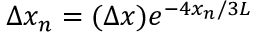
\Delta x _ { n } = ( \Delta x ) e ^ { - 4 x _ { n } / 3 L }